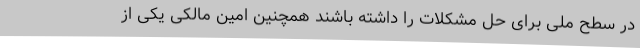
در سطح ملی برای حل مشکلات را داشته باشند همچنین امین مالکی یکی از